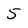
Character: 5